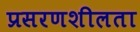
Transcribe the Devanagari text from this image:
प्रसरणशीलता